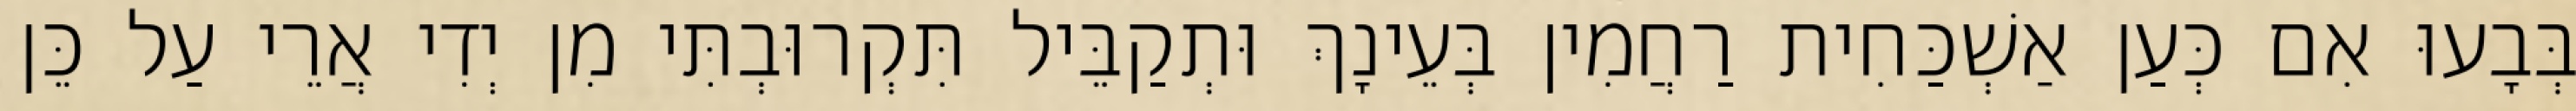
בְּבָעוּ אִם כְּעַן אַשְׁכַּחִית רַחֲמִין בְּעֵינָךְ וּתְקַבֵּיל תִּקְרוּבְתִּי מִן יְדִי אֲרֵי עַל כֵּן